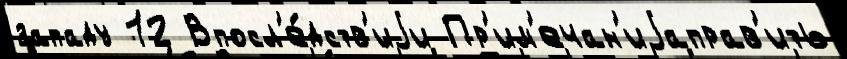
западу 12 Впосл'е́дств'иjи Пр'им'ечан'иjаправ'ить